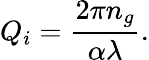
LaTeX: Q_{i}=\frac{2\pi n_{g}}{\alpha\lambda}.